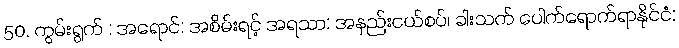
50. ကွမ်းရွက် : အရောင်: အစိမ်းရင့် အရသာ: အနည်းငယ်စပ်၊ ခါးသက် ပေါက်ရောက်ရာနိုင်ငံ: